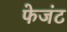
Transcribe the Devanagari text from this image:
फेजंट